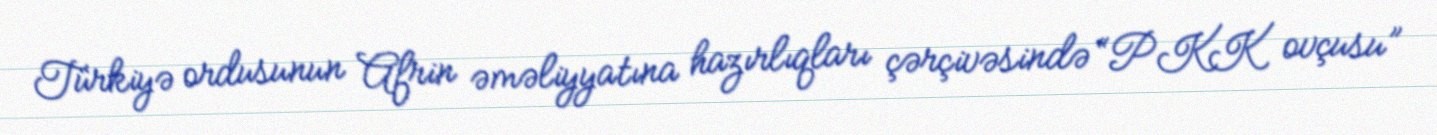
Türkiyə ordusunun Afrin əməliyyatına hazırlıqları çərçivəsində “PKK ovçusu”